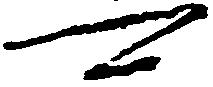
可